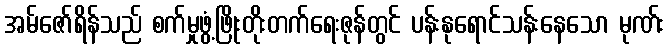
အမ်ဇော်ရိန်သည် စက်မှုဖွံ့ဖြိုးတိုးတက်ရေးဇုန်တွင် ပန်းနုရောင်သန်းနေသော မုဏ်း